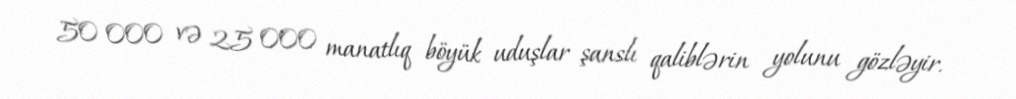
50 000 və 25 000 manatlıq böyük uduşlar şanslı qaliblərin yolunu gözləyir.